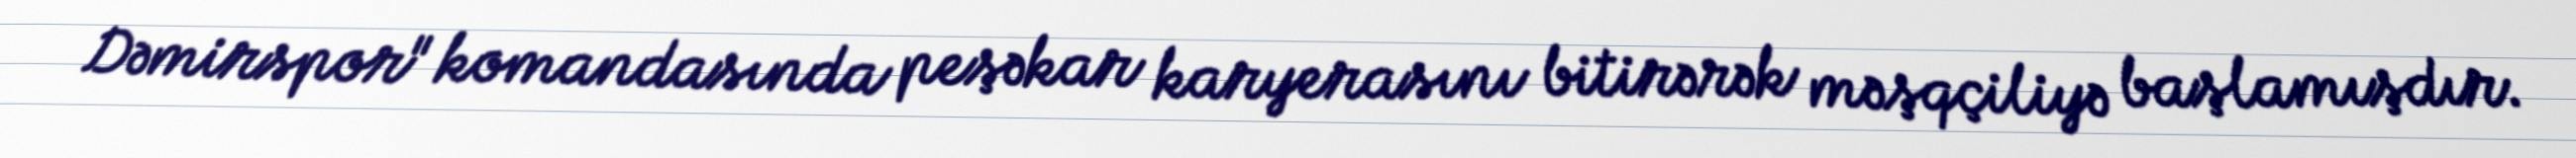
Dəmirspor" komandasında peşəkar karyerasını bitirərək məşqçiliyə başlamışdır.